Vaccination in Bombay 1874-1876 - 1874-1876
Year: 1874
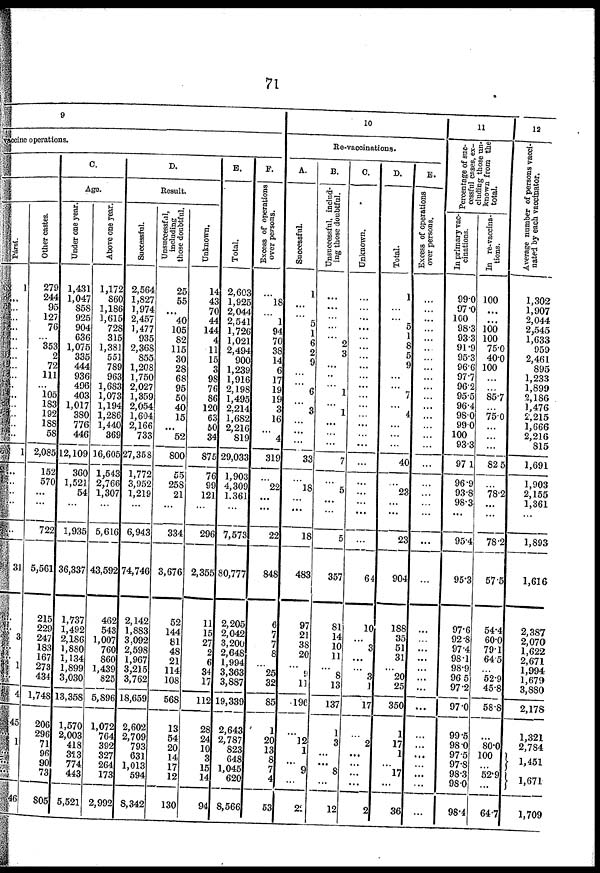
71
9
vaccine operations.
Pársí.
1
...
...
..
...
...
...
...
...
...
...
...
...
...
...
...
1
...
...
...
...
...
31
...
...
3
...
...
1
...
4
45
...
1
16
Other castes.
279
244
95
127
76
...
353
2
72
111
...
105
183
192
188
58
2,085
152
570
...
...
722
5,561
215
229
247
183
167
273
434
1,748
206
296
71
96
90
73
805
C.
Age.
Under one year.
1,431
1,047
858
925
904
636
1,075
335
444
936
496
403
1,017
380
776
446
12,109
360
1,521
54
...
1,935
36,337
1,737
1,492
2,186
1,880
1,134
1,899
3,030
13,358
1,570
2,003
418
313
774
443
5,521
Above one year.
1,172
860
1,186
1,615
728
315
1,381
551
789
963
1,683
1,073
1,194
1,286
1,440
369
16,605
1,543
2,766
1,307
...
5,616
43,592
462
543
1,007
760
860
1,439
825
5,896
1,072
764
392
327
264
173
2,992
D.
Result.
Successful.
2,564
1,827
1,974
2,457
1,477
935
2,368
855
1,208
1,750
2,027
1,359
2,054
1,604
2,166
733
27,358
1,772
3,952
1,219
...
6,943
74,746
2,142
1,883
3,092
2,598
1,967
3,215
3,762
18,659
2,602
2,709
793
631
1,013
594
8,342
Unsuccessful,
including
those doubtful.
25
55
...
40
105
82
115
30
28
68
95
50
40
15
...
52
800
55
258
21
...
334
3,676
52
144
81
48
21
114
108
568
13
54
20
14
17
12
130
Unknown.
14
43
70
44
144
4
11
15
3
98
76
86
120
63
50
34
875
76
99
121
...
296
2,355
11
15
27
2
6
34
17
112
28
24
10
3
15
14
94
E.
Total.
2,603
1,925
2,044
2,541
1,726
1,021
2,494
900
1,239
1,916
2,198
1,495
2,214
1,682
2,216
819
29,033
1,903
4,309
1,361
...
7,573
80,777
2,205
2,042
3,200
2,648
1,994
3,363
3,887
19,339
2,643
2,787
823
648
1,045
620
8,566
F.
Excess of operations
over persons.
...
18
...
1
94
70
38
14
6
17
19
19
3
16
...
4
319
...
22
...
...
22
848
6
7
7
8
...
25
32
85
1
20
13
8
7
4
53
10
Re-vaccinations.
A.
Successful.
1
...
...
5
1
6
2
9
...
...
6
...
3
...
...
...
33
...
18
...
...
18
483
97
21
38
20
...
9
11
196
...
12
1
...
9
...
22
B.
Unsuccessful, includ-
ing those doubtful.
...
...
...
...
...
2
3
...
...
...
1
...
1
...
...
...
7
...
5
...
...
5
357
81
14
10
11
...
8
13
137
1
3
...
...
8
...
12
C.
Unknown.
...
...
...
...
...
...
...
...
...
...
...
...
...
...
...
...
...
...
...
...
...
...
64
10
...
3
...
...
3
1
17
...
2
...
...
...
...
2
D.
Total.
1
...
...
5
1
8
5
9
...
...
7
...
4
...
...
...
40
...
23
...
...
23
904
188
35
51
31
...
20
25
350
1
17
1
...
17
...
36
E.
Excess of operations
over persons.
...
...
...
...
...
...
...
...
...
...
...
...
...
...
...
...
...
...
...
...
...
...
...
...
...
...
...
...
...
...
...
...
...
...
...
...
...
...
11
Percentage of suc-
cessful cases, ex-
cluding those un-
known from the
total.
In primary vac-
cinations.
99.0
97.0
100
98.3
93.3
91.9
95.3
96.6
97.7
96.2
95.5
96.4
98.0
99.0
100
93.3
97.1
96.9
93.8
98.3
...
954
95.3
97.6
92.8
97.4
98.1
98.9
96.5
97.2
97.0
99.5
98.0
97.5
97.8
98.3
98.0
98.4
In re-vaccina-
tions.
100
...
...
100
100
75.0
40.0
100
...
...
85.7
...
75.0
...
...
...
82.5
...
78.2
...
...
78.2
57.5
54.4
60.0
79.1
64.5
...
52.9
45.8
58.8
...
80.0
100
...
52.9
...
64.7
12
Average number of persons vacci-
nated by each vaccinator.
1,302
1,907
2,044
2,545
1,633
959
2,461
895
1,233
1,899
2,186
1,476
2,215
1,666
2,216
815
1,691
1,903
2,155
1,361
...
1,893
1,616
2,387
2,070
1,622
2,671
1,994
1,679
3,880
2,178
1,321
2,784
1,451
l,671
1,709